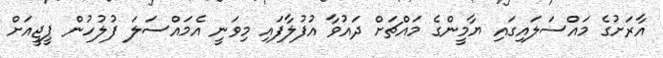
އާރަށުގެ މައްސަލައިގައި ޔާމީންގެ މައްޗަށް ދައުވާ އުފުލާފައި މިވަނީ އެމައްސަލަ ފުލުހުން ޕީޖީއަށް